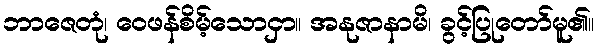
ဘာဇေတုံ၊ ဝေဖန်စိမ့်သောငှာ။ အနုဇာနာမိ၊ ခွင့်ပြုတော်မူ၏။